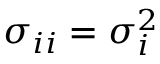
\sigma _ { i i } = \sigma _ { i } ^ { 2 }